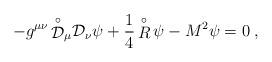
LaTeX: \begin{align*}- g^{\mu \nu} \, {\stackrel{\circ}{\mathcal D}}{}_{\mu} {\mathcal D}{}_{\nu} \psi+ \frac{1}{4} \, {\stackrel{\circ}{R}} \, \psi - M^2 \psi = 0 \; ,\end{align*}